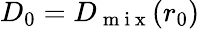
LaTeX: D_{0}=D_{\mathrm{~m~i~x~}}(r_{0})